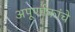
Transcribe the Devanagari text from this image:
अपूर्णाकांचे